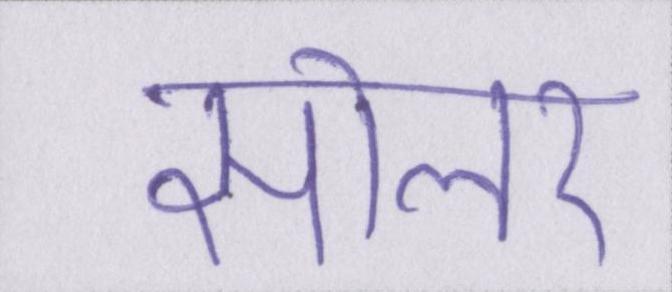
सोलर